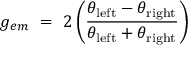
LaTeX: g _ { e m } \ = \ 2 \left( { \frac { \theta _ { \mathrm { l e f t } } - \theta _ { \mathrm { r i g h t } } } { \theta _ { \mathrm { l e f t } } + \theta _ { \mathrm { r i g h t } } } } \right)